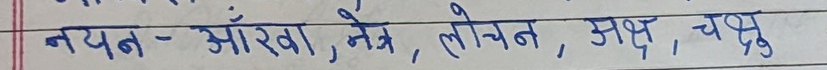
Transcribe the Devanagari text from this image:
नयन - आँखा, नेत्र, लोचन, अक्ष, चक्षु